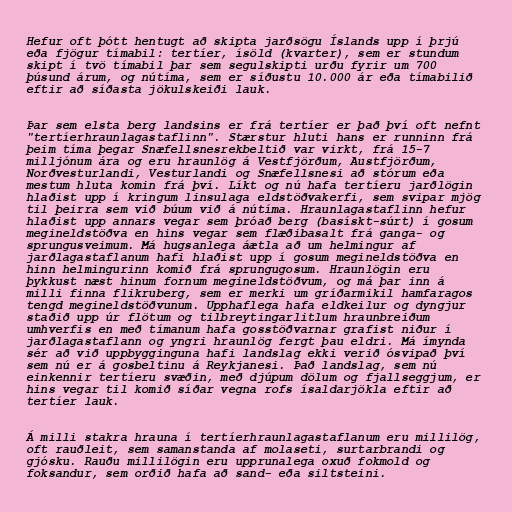
Hefur oft þótt hentugt að skipta jarðsögu Íslands upp í þrjú
eða fjögur tímabil: tertíer, ísöld (kvarter), sem er stundum
skipt í tvö tímabil þar sem segulskipti urðu fyrir um 700
þúsund árum, og nútíma, sem er síðustu 10.000 ár eða tímabilið
eftir að síðasta jökulskeiði lauk.

Þar sem elsta berg landsins er frá tertíer er það því oft nefnt
"tertíerhraunlagastaflinn". Stærstur hluti hans er runninn frá
þeim tíma þegar Snæfellsnesrekbeltið var virkt, frá 15-7
milljónum ára og eru hraunlög á Vestfjörðum, Austfjörðum,
Norðvesturlandi, Vesturlandi og Snæfellsnesi að stórum eða
mestum hluta komin frá því. Líkt og nú hafa tertíeru jarðlögin
hlaðist upp í kringum linsulaga eldstöðvakerfi, sem svipar mjög
til þeirra sem við búum við á nútíma. Hraunlagastaflinn hefur
hlaðist upp annars vegar sem þróað berg (basískt-súrt) í gosum
megineldstöðva en hins vegar sem flæðibasalt frá ganga- og
sprungusveimum. Má hugsanlega áætla að um helmingur af
jarðlagastaflanum hafi hlaðist upp í gosum megineldstöðva en
hinn helmingurinn komið frá sprungugosum. Hraunlögin eru
þykkust næst hinum fornum megineldstöðvum, og má þar inn á
milli finna flikruberg, sem er merki um gríðarmikil hamfaragos
tengd megineldstöðvunum. Upphaflega hafa eldkeilur og dyngjur
staðið upp úr flötum og tilbreytingarlitlum hraunbreiðum
umhverfis en með tímanum hafa gosstöðvarnar grafist niður í
jarðlagastaflann og yngri hraunlög fergt þau eldri. Má ímynda
sér að við uppbygginguna hafi landslag ekki verið ósvipað því
sem nú er á gosbeltinu á Reykjanesi. Það landslag, sem nú
einkennir tertíeru svæðin, með djúpum dölum og fjallseggjum, er
hins vegar til komið síðar vegna rofs ísaldarjökla eftir að
tertíer lauk.

Á milli stakra hrauna í tertíerhraunlagastaflanum eru millilög,
oft rauðleit, sem samanstanda af molaseti, surtarbrandi og
gjósku. Rauðu millilögin eru upprunalega oxuð fokmold og
foksandur, sem orðið hafa að sand- eða siltsteini.